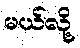
မယ်လို့